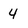
Character: 4